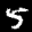
Label: 5